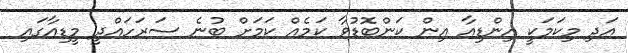
އަދި މިކަމަކީ އިންޑިއާ އިން ކަންބޮޑުވާ ކަމެއް ކަމަށް ބުނެ ސަރަހައްދީ މީޑިއާގައި